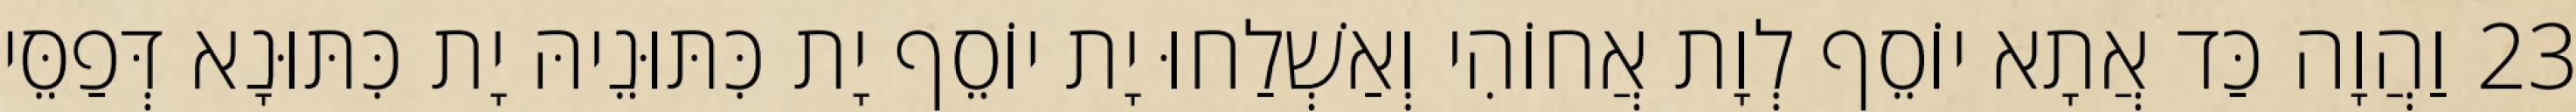
23 וַהֲוָה כַּד אֲתָא יוֹסֵף לְוָת אֲחוֹהִי וְאַשְׁלַחוּ יָת יוֹסֵף יָת כִּתּוּנֵיהּ יָת כִּתּוּנָא דְּפַסֵּי